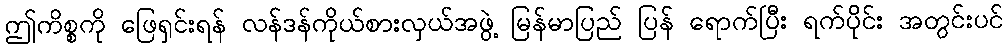
ဤကိစ္စကို ဖြေရှင်းရန် လန်ဒန်ကိုယ်စားလှယ်အဖွဲ့ မြန်မာပြည် ပြန် ရောက်ပြီး ရက်ပိုင်း အတွင်းပင်